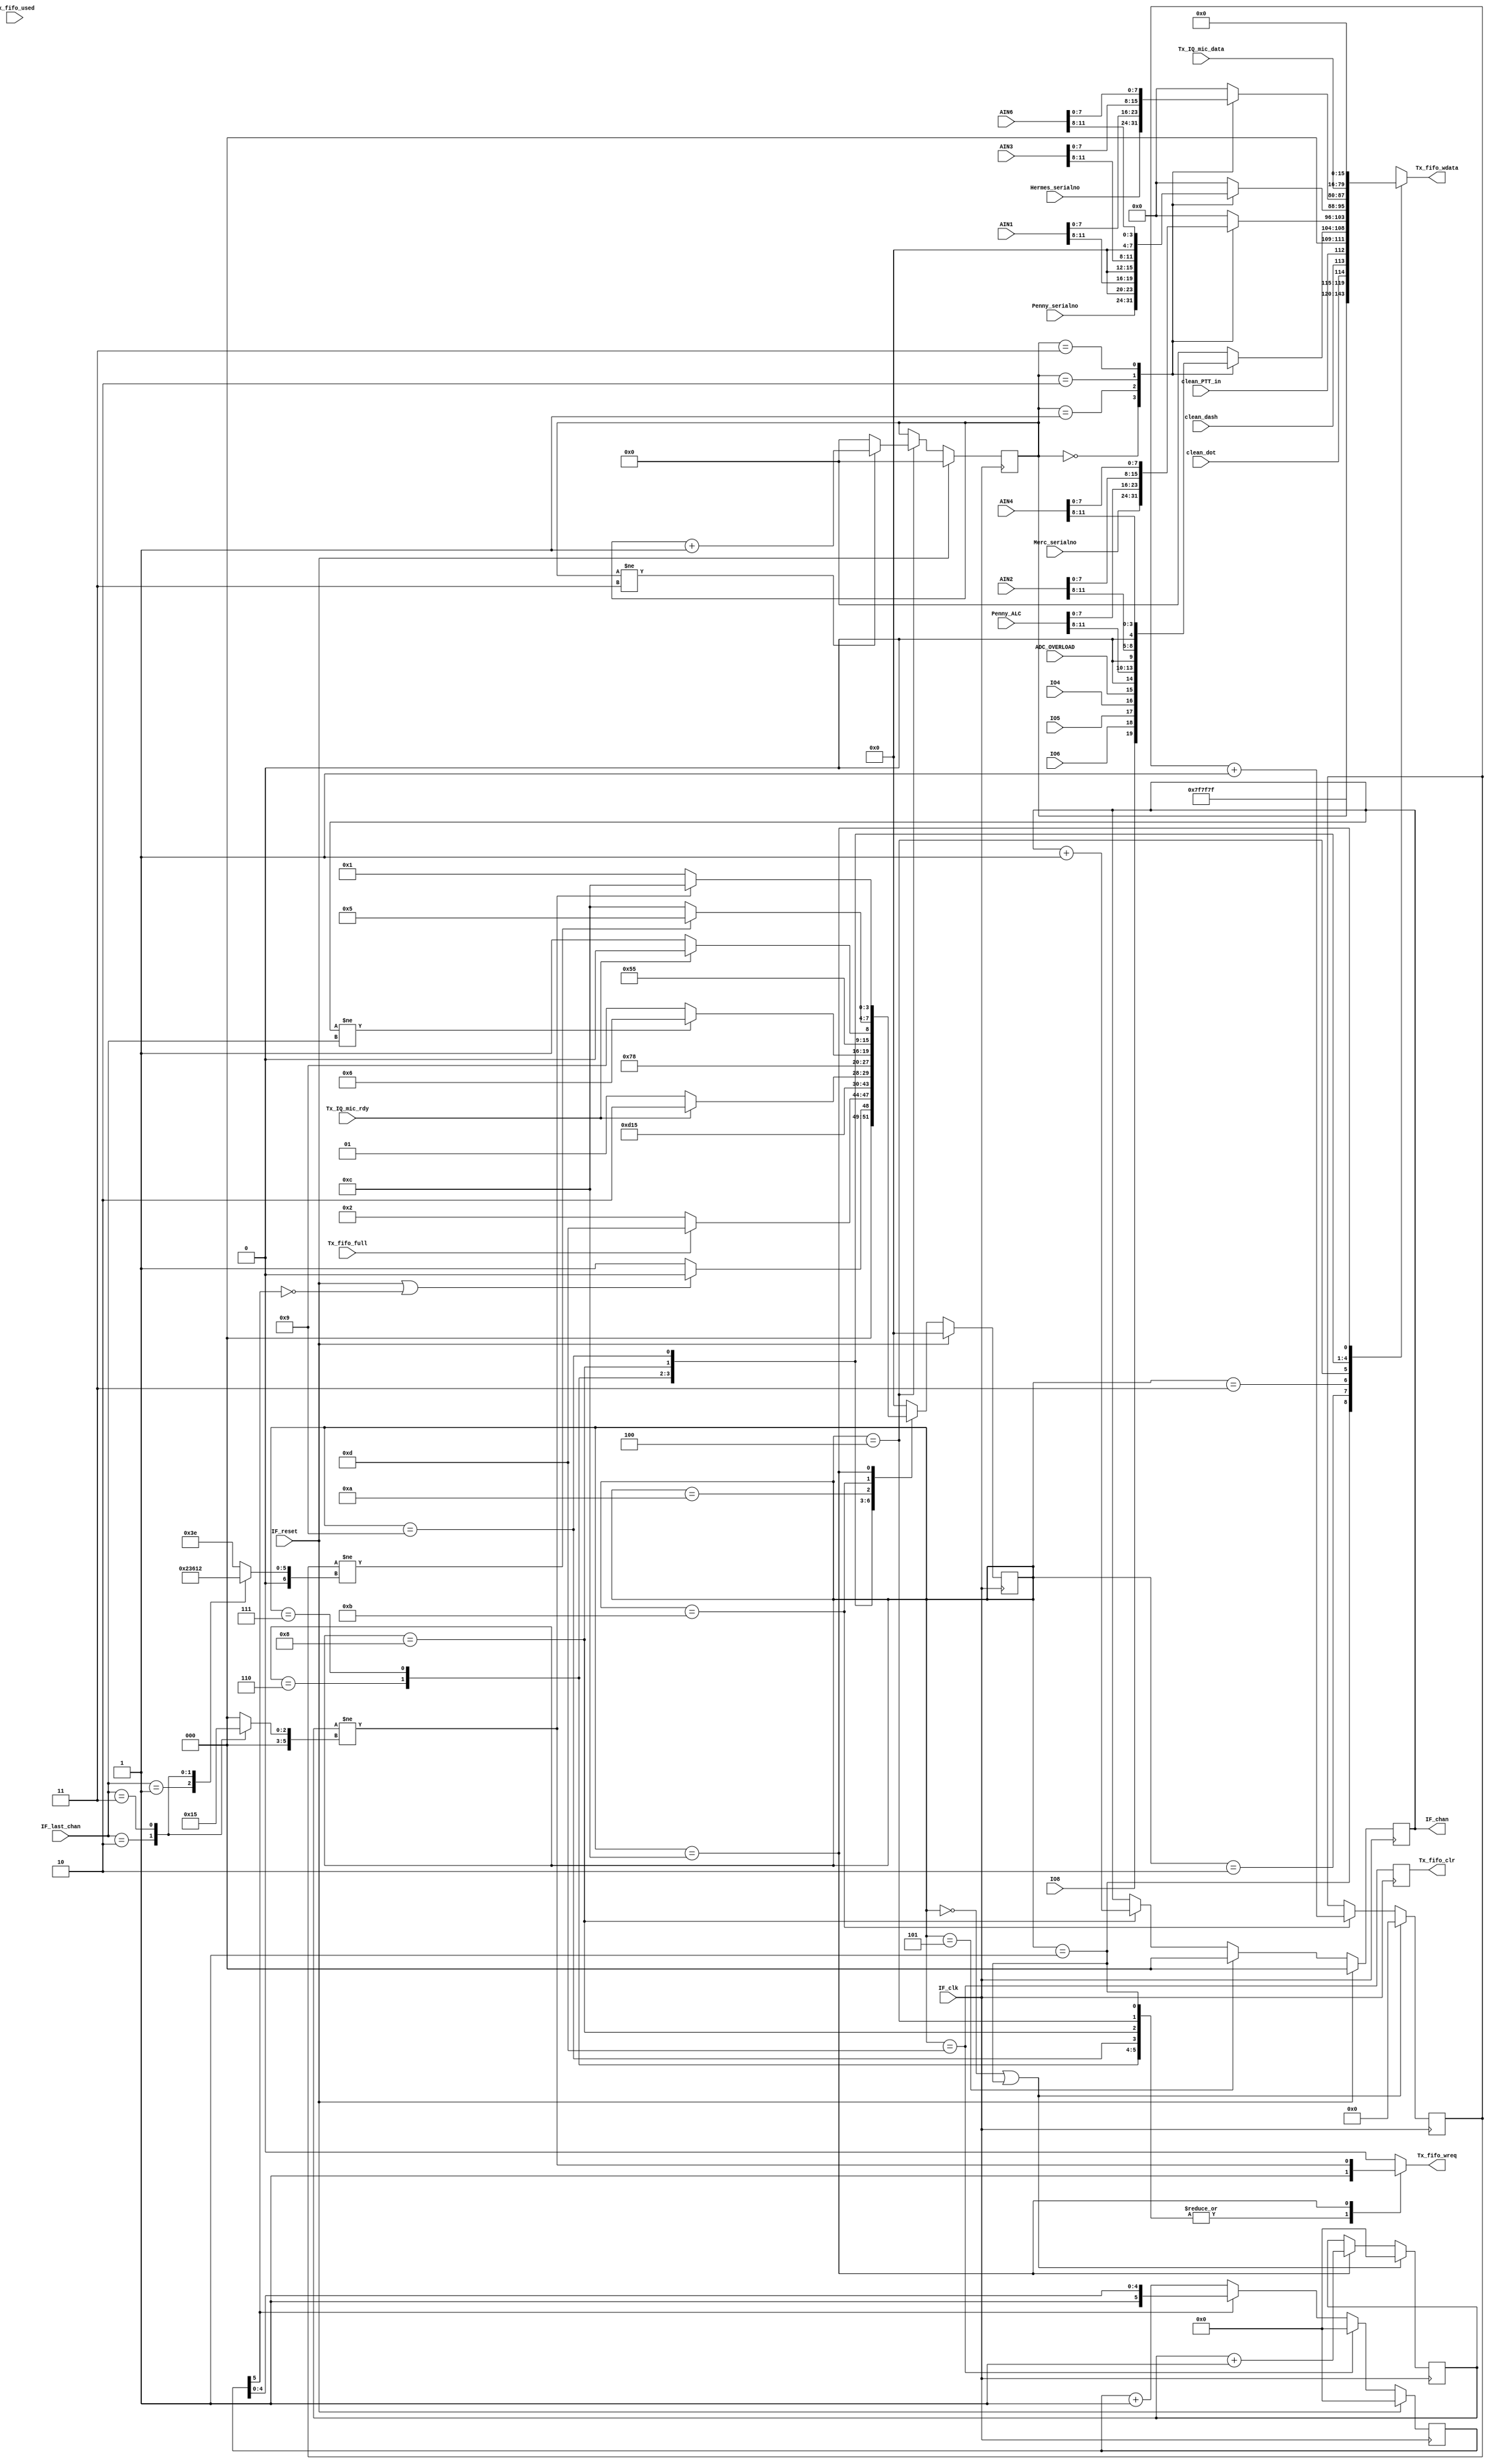
//////////////////////////////////////////////////////////////
//
//      Read A/D converter, send sync and C&C to Tx FIFO
//
//////////////////////////////////////////////////////////////


//
//  HPSDR - High Performance Software Defined Radio
//
//  Hermes code. 
//
//  This program is free software; you can redistribute it and/or modify
//  it under the terms of the GNU General Public License as published by
//  the Free Software Foundation; either version 2 of the License, or
//  (at your option) any later version.
//
//  This program is distributed in the hope that it will be useful,
//  but WITHOUT ANY WARRANTY; without even the implied warranty of
//  MERCHANTABILITY or FITNESS FOR A PARTICULAR PURPOSE.  See the
//  GNU General Public License for more details.
//
//  You should have received a copy of the GNU General Public License
//  along with this program; if not, write to the Free Software
//  Foundation, Inc., 59 Temple Place, Suite 330, Boston, MA  02111-1307  USA

// (C) Phil Harman VK6APH, Kirk Weedman KD7IRS  2006, 2007, 2008, 2009, 2010, 2011, 2012 




/*
        The following code sends the sync bytes, control bytes and A/D samples.

        The code is structured around watching transitions of LRCLK which will
        be as fast or faster than CLRCLK (48kHz). 
        
        At each state we determine what data needs to to be latched into a TX_FIFO_SZ word Tx FIFO.

        Each frame is 512 bytes long. Initially 8 bytes of sync & control bytes are sent,
        followed by 512-8 bytes of AK5394A and TLV320 data.  The initial 8 bytes are
        comprised of 3 sync bytes and 5 control bytes. The 504 bytes are comprised of
        NUM_LOOPS *(3 AK539A left bytes, 3 AK5394A right bytes and 2 TLV320 microphone/line
        bytes.

        Each frame is 512 bytes long = 8 initial bytes + NUM_LOOPS*8 - where NUM_LOOPS = 63

        If PTT_in, dot or dash inputs are acitve they are sent in C&C
        
        22 Nov 2009 	- Renamed to Hermes_Tx_fifo_ctrl 
							- Added AIN1,2,3,4,6 increased MAX_ADDR to 3 
		  10 Dec 2009  - Added IO3,2,1. 
		  13 Jun 2011  - Modified for Ethernet Hermes
		  14 Apr 2012  - Added IO8
*/

`timescale 1 ns/100 ps

module Hermes_Tx_fifo_ctrl(IF_reset, IF_clk, Tx_fifo_wdata, Tx_fifo_wreq, Tx_fifo_full, Tx_fifo_used,
                    Tx_fifo_clr, Tx_IQ_mic_rdy,
                    Tx_IQ_mic_data, IF_chan, IF_last_chan, clean_dash, clean_dot, clean_PTT_in, ADC_OVERLOAD,
                    Penny_serialno, Merc_serialno, Hermes_serialno, Penny_ALC, AIN1, AIN2, AIN3, 
                    AIN4, AIN6, IO4, IO5, IO6, IO8);
                    
parameter RX_FIFO_SZ = 2048;
parameter TX_FIFO_SZ = 1024;
parameter IF_TPD = 1;

localparam RFSZ = clogb2(RX_FIFO_SZ-1);  // number of bits needed to hold 0 - (RX_FIFO_SZ-1)
localparam TFSZ = clogb2(TX_FIFO_SZ-1);  // number of bits needed to hold 0 - (TX_FIFO_SZ-1)

input  wire            IF_reset;
input  wire            IF_clk;
output reg      [15:0] Tx_fifo_wdata;    // AK5394A A/D uses this to send its data to Tx FIFO
output reg             Tx_fifo_wreq;     // set when we want to send data to the Tx FIFO
input  wire            Tx_fifo_full;
input  wire [TFSZ-1:0] Tx_fifo_used;
output reg             Tx_fifo_clr;

input  wire            Tx_IQ_mic_rdy;
input  wire     [63:0] Tx_IQ_mic_data;

output reg       [2:0] IF_chan; // which IF_mic_IQ_Data is needed
input  wire      [2:0] IF_last_chan;

input  wire            clean_dash;       // debounced dash
input  wire            clean_dot;        // debounced dot
input  wire            clean_PTT_in;     // debounced button

input  wire            ADC_OVERLOAD;

input  wire      [7:0] Penny_serialno;
input  wire      [7:0] Merc_serialno;
input  wire      [7:0] Hermes_serialno;

input  wire     [11:0] Penny_ALC;		// Analog inputs
input  wire     [11:0] AIN1;
input  wire     [11:0] AIN2;
input  wire     [11:0] AIN3;
input  wire     [11:0] AIN4;
input  wire     [11:0] AIN6;

input  wire            IO4;				// user digital inputs
input  wire            IO5;
input  wire            IO6;
input  wire 			  IO8;


// internal signals
reg       [5:0] loop_counter;     // counts number of times round loop

reg       [3:0] AD_state;
reg       [3:0] AD_state_next;
reg       [5:0] AD_timer;

localparam  MAX_ADDR = 3; 
reg       [4:0] tx_addr; // round robin address from 0 to MAX_ADDR
reg       [7:0] C1_DATA, C2_DATA, C3_DATA, C4_DATA;

localparam  AD_IDLE               = 0,
            AD_SEND_SYNC1         = 1,
            AD_SEND_SYNC2         = 2,
            AD_SEND_CTL1_2        = 3,
            AD_SEND_CTL3_4        = 4,
            AD_SEND_MJ_RDY        = 5,
            AD_SEND_MJ1           = 6,
            AD_SEND_MJ2           = 7,
            AD_SEND_MJ3           = 8,
            AD_SEND_PJ            = 9,
            AD_WAIT               = 10,
            AD_LOOP_CHK           = 11,
            AD_PAD_CHK            = 12,
            AD_ERR                = 13;

reg [6:0] loop_cnt, num_loops;
reg [5:0] pad_cnt, pad_loops;

always @*
begin
  case (IF_last_chan)
    0: num_loops = 62; //(512 - 8)bytes/8 - 1 = 62
    1: num_loops = 35; //(512 - 8)bytes/14 - 1 = 35
    2: num_loops = 24; //(512 - 8)bytes/20 - 1 = 24.2
    3: num_loops = 18; //(512 - 8)bytes/26 - 1 = 18.38
        
    default: num_loops = 62;
  endcase
end

always @*
begin
  case (IF_last_chan)
    0: pad_loops = 0;  
    1: pad_loops = 0;  
    2: pad_loops = 2;  
    3: pad_loops = 5; 
    
    default: pad_loops = 0;
  endcase
end

assign Tx_IQ_mic_ack = (AD_state == AD_WAIT);

always @ (posedge IF_clk)
begin
  if ((AD_state == AD_IDLE) || (AD_state == AD_SEND_SYNC1))
    loop_cnt  <= #IF_TPD 1'b0;
  else if (AD_state == AD_LOOP_CHK)
    loop_cnt  <= #IF_TPD loop_cnt + 1'b1; // at end of loop so increment loop counter

  if ((AD_state == AD_IDLE) || (AD_state == AD_SEND_SYNC1))
    pad_cnt  <= #IF_TPD 1'b0;
  else if (AD_state == AD_PAD_CHK)
    pad_cnt  <= #IF_TPD pad_cnt + 1'b1; // at end of loop so increment loop counter

  if (IF_reset)
    AD_state <= #IF_TPD AD_IDLE;
  else
    AD_state <= #IF_TPD AD_state_next;

  if (IF_reset)
    tx_addr <= #IF_TPD 1'b0;
  else if (AD_state == AD_SEND_CTL3_4) // toggle it for each frame
  begin
    if (tx_addr != MAX_ADDR)
      tx_addr <= #IF_TPD tx_addr + 1'b1;
    else
      tx_addr <= #IF_TPD 1'b0;
  end

  if (IF_reset)
    AD_timer <= #IF_TPD 0;
  else if (AD_state == AD_ERR)
    AD_timer <= #IF_TPD 0;
  else if (!AD_timer[5])
    AD_timer <= #IF_TPD AD_timer + 1'b1;

  Tx_fifo_clr <= #IF_TPD (AD_state == AD_ERR);

  if (IF_reset)
    IF_chan <= #IF_TPD 1'b0;
  else if (AD_state == AD_SEND_MJ_RDY)
    IF_chan <= #IF_TPD 1'b0;
  else if (AD_state == AD_SEND_MJ3)
    IF_chan <= #IF_TPD IF_chan + 1'b1;
end

always @*
begin 
  case (tx_addr)
    0:
    begin
      C1_DATA = {4'b0,IO8,IO6,IO5,IO4,ADC_OVERLOAD};
      C2_DATA = Merc_serialno;
      C3_DATA = Penny_serialno;
      C4_DATA = Hermes_serialno;
    end

    1:
    begin
      C1_DATA = {4'b0,Penny_ALC[11:8]};
      C2_DATA = Penny_ALC[7:0];
      C3_DATA = {4'b0, AIN1[11:8]};
      C4_DATA = AIN1[7:0];
    end
    
    2:
    begin
      C1_DATA = {4'b0, AIN2[11:8]};
      C2_DATA = AIN2[7:0];
      C3_DATA = {4'b0, AIN3[11:8]};
      C4_DATA = AIN3[7:0];
    end
    
    3:
    begin
      C1_DATA = {4'b0, AIN4[11:8]};
      C2_DATA = AIN4[7:0];
      C3_DATA = {4'b0, AIN6[11:8]};
      C4_DATA = AIN6[7:0];
    end
   
    default:
    begin
      C1_DATA = 8'b0;
      C2_DATA = 8'b0;
      C3_DATA = 8'b0; 
      C4_DATA = 8'b0; 
    end   
  endcase
end

always @*
begin 
  case (AD_state)
    AD_IDLE:
    begin
      Tx_fifo_wdata   = {16{1'bx}};
      Tx_fifo_wreq    = 1'b0;
      if (IF_reset || !AD_timer[5])
        AD_state_next = AD_IDLE;
      else // Tx_fifo can't immediately take data after reset
        AD_state_next = AD_SEND_SYNC1;
    end

    AD_SEND_SYNC1:
    begin
      Tx_fifo_wdata   = 16'h7F7F;
      Tx_fifo_wreq  = 1'b1;      // strobe sync (7F7F) into Tx FIFO
      if (Tx_fifo_full)          // Oops! buffer overflow!  Hate it when that happens...
        AD_state_next = AD_ERR;  // error handling will need to clear the fifo
      else
        AD_state_next = AD_SEND_SYNC2;
    end

    AD_SEND_SYNC2:
    begin  
      Tx_fifo_wdata   = {8'h7F, tx_addr, clean_dot, clean_dash, clean_PTT_in};
      Tx_fifo_wreq    = 1'b1;
      AD_state_next   = AD_SEND_CTL1_2;
    end

    AD_SEND_CTL1_2:
    begin
      Tx_fifo_wdata   = {C1_DATA, C2_DATA};
      Tx_fifo_wreq    = 1'b1;
      AD_state_next   = AD_SEND_CTL3_4;
    end

    AD_SEND_CTL3_4:
    begin 
      Tx_fifo_wdata   = {C3_DATA, C4_DATA};
      Tx_fifo_wreq    = 1'b1;
      AD_state_next   = AD_SEND_MJ_RDY;
    end


    AD_SEND_MJ_RDY:
    begin
      Tx_fifo_wdata   = {16{1'bx}};
      Tx_fifo_wreq    = 1'b0;
      if (!Tx_IQ_mic_rdy)
        AD_state_next = AD_SEND_MJ_RDY;
      else
        AD_state_next = AD_SEND_MJ1;
    end
  
    AD_SEND_MJ1:
    begin
      Tx_fifo_wdata   = Tx_IQ_mic_data[63:48];
      Tx_fifo_wreq    = 1'b1;
      AD_state_next   = AD_SEND_MJ2;
    end

    AD_SEND_MJ2:
    begin
      Tx_fifo_wdata   = Tx_IQ_mic_data[47:32];
      Tx_fifo_wreq    = 1'b1;
      AD_state_next   = AD_SEND_MJ3;
    end

    AD_SEND_MJ3:
    begin 
      Tx_fifo_wdata   = Tx_IQ_mic_data[31:16];
      Tx_fifo_wreq    = 1'b1;
      if (IF_chan != IF_last_chan)
        AD_state_next   = AD_SEND_MJ1;
      else
        AD_state_next   = AD_SEND_PJ;
    end

    AD_SEND_PJ:
    begin 
      Tx_fifo_wdata   = Tx_IQ_mic_data[15:0];
      Tx_fifo_wreq    = 1'b1;
      AD_state_next   = AD_WAIT;
    end

    AD_WAIT:
    begin 
      Tx_fifo_wdata   = {16{1'bx}};
      Tx_fifo_wreq    = 1'b0;
      if (Tx_IQ_mic_rdy)
        AD_state_next = AD_WAIT; // wait here till Tx_IQ_mic_rdy goes back low
      else
        AD_state_next = AD_LOOP_CHK;
    end

    AD_LOOP_CHK:
    begin 
      Tx_fifo_wdata   = {16{1'bx}};
      Tx_fifo_wreq    = 1'b0;
      if (loop_cnt != num_loops)
        AD_state_next = AD_SEND_MJ_RDY;
      else
        AD_state_next = AD_PAD_CHK;
    end

    AD_PAD_CHK:
    begin 
      Tx_fifo_wdata   = 16'b0;
      Tx_fifo_wreq    = (pad_cnt != pad_loops);
      if (pad_cnt != pad_loops)
        AD_state_next = AD_PAD_CHK;
      else
        AD_state_next = AD_SEND_SYNC1;
    end

    AD_ERR:
    begin
      Tx_fifo_wdata   = {16{1'bx}};
      Tx_fifo_wreq    = 1'b0;
      AD_state_next   = AD_IDLE; // wait for TX FIFO to reset
    end

    default:
    begin
      Tx_fifo_wdata   = {16{1'bx}};
      Tx_fifo_wreq    = 1'b0;
      AD_state_next   = AD_IDLE;
    end
  endcase
end

function integer clogb2;
input [31:0] depth;
begin
  for(clogb2=0; depth>0; clogb2=clogb2+1)
  depth = depth >> 1;
end
endfunction

endmodule